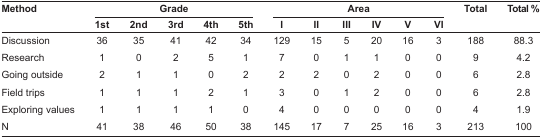
<table><thead><tr><td rowspan="2"><b>Method</b></td><td colspan="5"><b>Grade</b></td><td colspan="6"><b>Area</b></td><td rowspan="2"><b>Total</b></td><td rowspan="2"><b>Total %</b></td></tr><tr><td><b>1st</b></td><td><b>2nd</b></td><td><b>3rd</b></td><td><b>4th</b></td><td><b>5th</b></td><td><b>I</b></td><td><b>II</b></td><td><b>III</b></td><td><b>IV</b></td><td><b>V</b></td><td><b>VI</b></td></tr></thead><tbody><tr><td>Discussion</td><td>36</td><td>35</td><td>41</td><td>42</td><td>34</td><td>129</td><td>15</td><td>5</td><td>20</td><td>16</td><td>3</td><td>188</td><td>88.3</td></tr><tr><td>Research</td><td>1</td><td>0</td><td>2</td><td>5</td><td>1</td><td>7</td><td>0</td><td>1</td><td>1</td><td>0</td><td>0</td><td>9</td><td>4.2</td></tr><tr><td>Going outside</td><td>2</td><td>1</td><td>1</td><td>0</td><td>2</td><td>2</td><td>2</td><td>0</td><td>2</td><td>0</td><td>0</td><td>6</td><td>2.8</td></tr><tr><td>Field trips</td><td>1</td><td>1</td><td>1</td><td>2</td><td>1</td><td>3</td><td>0</td><td>1</td><td>2</td><td>0</td><td>0</td><td>6</td><td>2.8</td></tr><tr><td>Exploring values</td><td>1</td><td>1</td><td>1</td><td>1</td><td>0</td><td>4</td><td>0</td><td>0</td><td>0</td><td>0</td><td>0</td><td>4</td><td>1.9</td></tr><tr><td>N</td><td>41</td><td>38</td><td>46</td><td>50</td><td>38</td><td>145</td><td>17</td><td>7</td><td>25</td><td>16</td><td>3</td><td>213</td><td>100</td></tr></tbody></table>